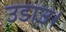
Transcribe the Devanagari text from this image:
उडाउ।